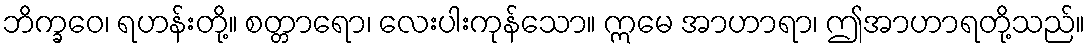
ဘိက္ခဝေ၊ ရဟန်းတို့။ စတ္တာရော၊ လေးပါးကုန်သော။ ဣမေ အာဟာရာ၊ ဤအာဟာရတို့သည်။